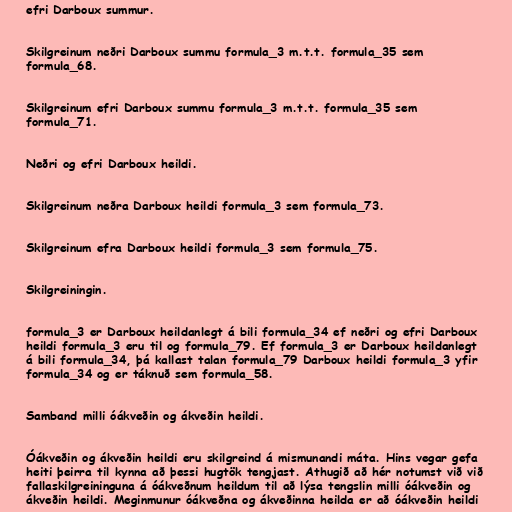
efri Darboux summur.

Skilgreinum neðri Darboux summu formula_3 m.t.t. formula_35 sem
formula_68.

Skilgreinum efri Darboux summu formula_3 m.t.t. formula_35 sem
formula_71.

Neðri og efri Darboux heildi.

Skilgreinum neðra Darboux heildi formula_3 sem formula_73.

Skilgreinum efra Darboux heildi formula_3 sem formula_75.

Skilgreiningin.

formula_3 er Darboux heildanlegt á bili formula_34 ef neðri og efri Darboux
heildi formula_3 eru til og formula_79. Ef formula_3 er Darboux heildanlegt
á bili formula_34, þá kallast talan formula_79 Darboux heildi formula_3 yfir
formula_34 og er táknuð sem formula_58.

Samband milli óákveðin og ákveðin heildi.

Óákveðin og ákveðin heildi eru skilgreind á mismunandi máta. Hins vegar gefa
heiti þeirra til kynna að þessi hugtök tengjast. Athugið að hér notumst við við
fallaskilgreininguna á óákveðnum heildum til að lýsa tengslin milli óákveðin og
ákveðin heildi. Meginmunur óákveðna og ákveðinna heilda er að óákveðin heildi